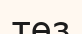
төз